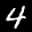
Label: 4